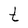
Character: t